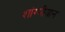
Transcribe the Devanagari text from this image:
शांग्गीयान